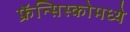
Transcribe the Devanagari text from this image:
फ्रॅन्सिस्कोमध्ये